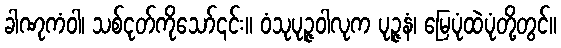
ခါဏုကံဝါ၊ သစ်ငုတ်ကိုသော်၎င်း။ ဝံသုပုဉ္ဇဝါလုက ပုဉ္ဇနံ၊ မြေပုံထဲပုံတို့တွင်။